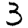
Digit: 3